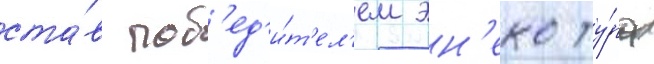
ста́в поб'ед'и́т'ел'ем эн'еко ту́ра